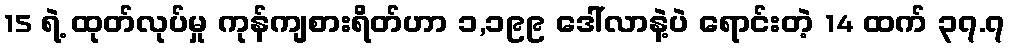
15 ရဲ့ ထုတ်လုပ်မှု ကုန်ကျစားရိတ်ဟာ ၁,၁၉၉ ဒေါ်လာနဲ့ပဲ ရောင်းတဲ့ 14 ထက် ၃၇.၇